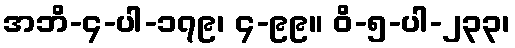
အဘိ-၄-ပါ-၁၇၉၊ ၄-၉၉။ ဝိ-၅-ပါ-၂၃၃၊